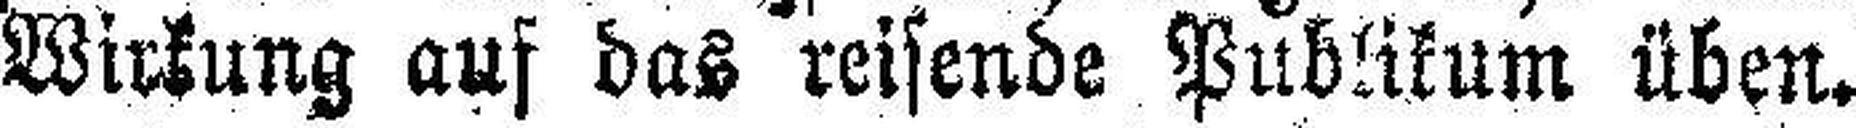
Wirkung auf das reisende Publikum üben.